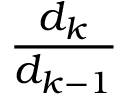
\frac { d _ { k } } { d _ { k - 1 } }